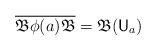
LaTeX: \begin{align*} \overline{\mathfrak B \phi(a) \mathfrak B} = \mathfrak B( \mathsf U_a) \end{align*}